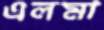
এলমা